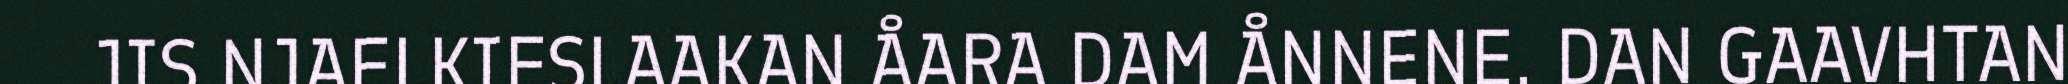
JIS NJAELKIESLAAKAN ÅARA DAM ÅNNENE. DAN GAAVHTAN